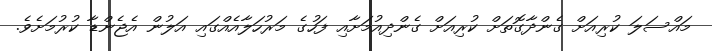
މައްސަލަ ކުރިއަށް ގެންދާގޮތަށް ކުރިއަށް ގެންދިއުމަށާއި ފަހުގެ މަރުހަލާއެއްގައި އަލުން އެޖެންޑާ ކުރުމަށެވެ.